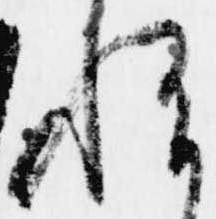
悦